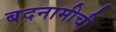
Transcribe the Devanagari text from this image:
बदनामीची